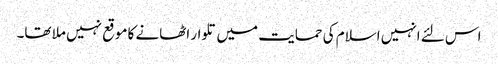
اس لئے انہیں اسلام کی حمایت میں تلوار اٹھانے کا موقع نہیں ملا تھا۔